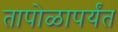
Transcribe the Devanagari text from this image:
तापोळापर्यंत